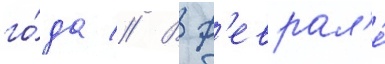
го́да // В ф'еврал'е́